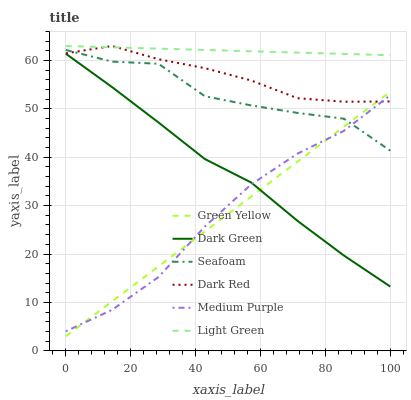
| xaxis_label | Green Yellow | Dark Green | Seafoam | Dark Red | Medium Purple | Light Green |
 | --- | --- | --- | --- | --- | --- | --- |
 | 0 | 3 | 61.4 | 62.2 | 61.5 | 4.02 | 63 |
 | 14.3 | 10.2 | 54.5 | 59.8 | 63 | 8.47 | 62.7 |
 | 28.6 | 17.4 | 47.2 | 59.3 | 60.3 | 15.2 | 62.5 |
 | 42.9 | 24.7 | 39.6 | 52.6 | 58.4 | 25.7 | 62.2 |
 | 57.1 | 31.9 | 34.8 | 50.7 | 55.9 | 34.4 | 61.9 |
 | 71.4 | 39.1 | 26.8 | 49.2 | 52.2 | 40.8 | 61.6 |
 | 85.7 | 46.3 | 19.7 | 48 | 51.5 | 45.5 | 61.4 |
 | 100 | 53.5 | 13.3 | 41.4 | 51.5 | 52.8 | 61.1 |